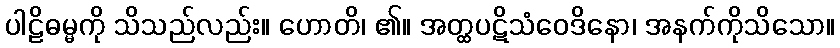
ပါဠိဓမ္မကို သိသည်လည်း။ ဟောတိ၊ ၏။ အတ္ထပဋိသံဝေဒိနော၊ အနက်ကိုသိသော။